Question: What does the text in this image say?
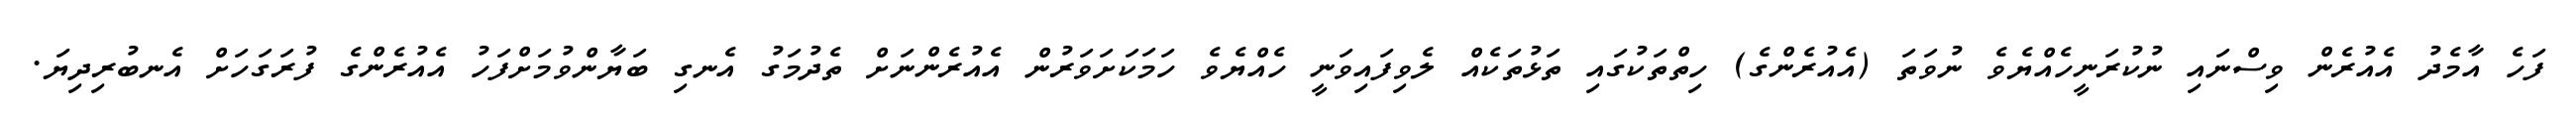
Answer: ފަހެ އާމެދު އެއުރެން ވިސްނައި ނުކުރަނީހެއްޔެވެ ނުވަތަ (އެއުރެންގެ) ހިތްތަކުގައި ތަޅުތަކެއް ލެވިފައިވަނީ ހެއްޔެވެ ހަމަކަށަވަރުން އެއުރެންނަށް ތެދުމަގު އެނގި ބަޔާންވުމަށްފަހު އެއުރެންގެ ފުރަގަހަށް އެނބުރިދިޔަ.